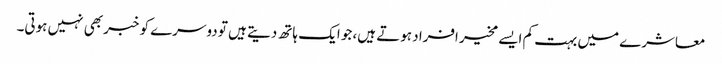
معاشرے میں بہت کم ایسے مخیر افراد ہوتے ہیں، جو ایک ہاتھ دیتے ہیں تو دوسرے کو خبر بھی نہیں ہوتی۔